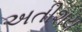
અતીશય